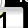
Digit: 1